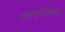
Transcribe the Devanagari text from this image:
आन्तरिक्ष